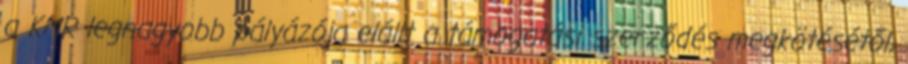
a KMR legnagyobb pályázója elállt a támogatási szerződés megkötésétől,